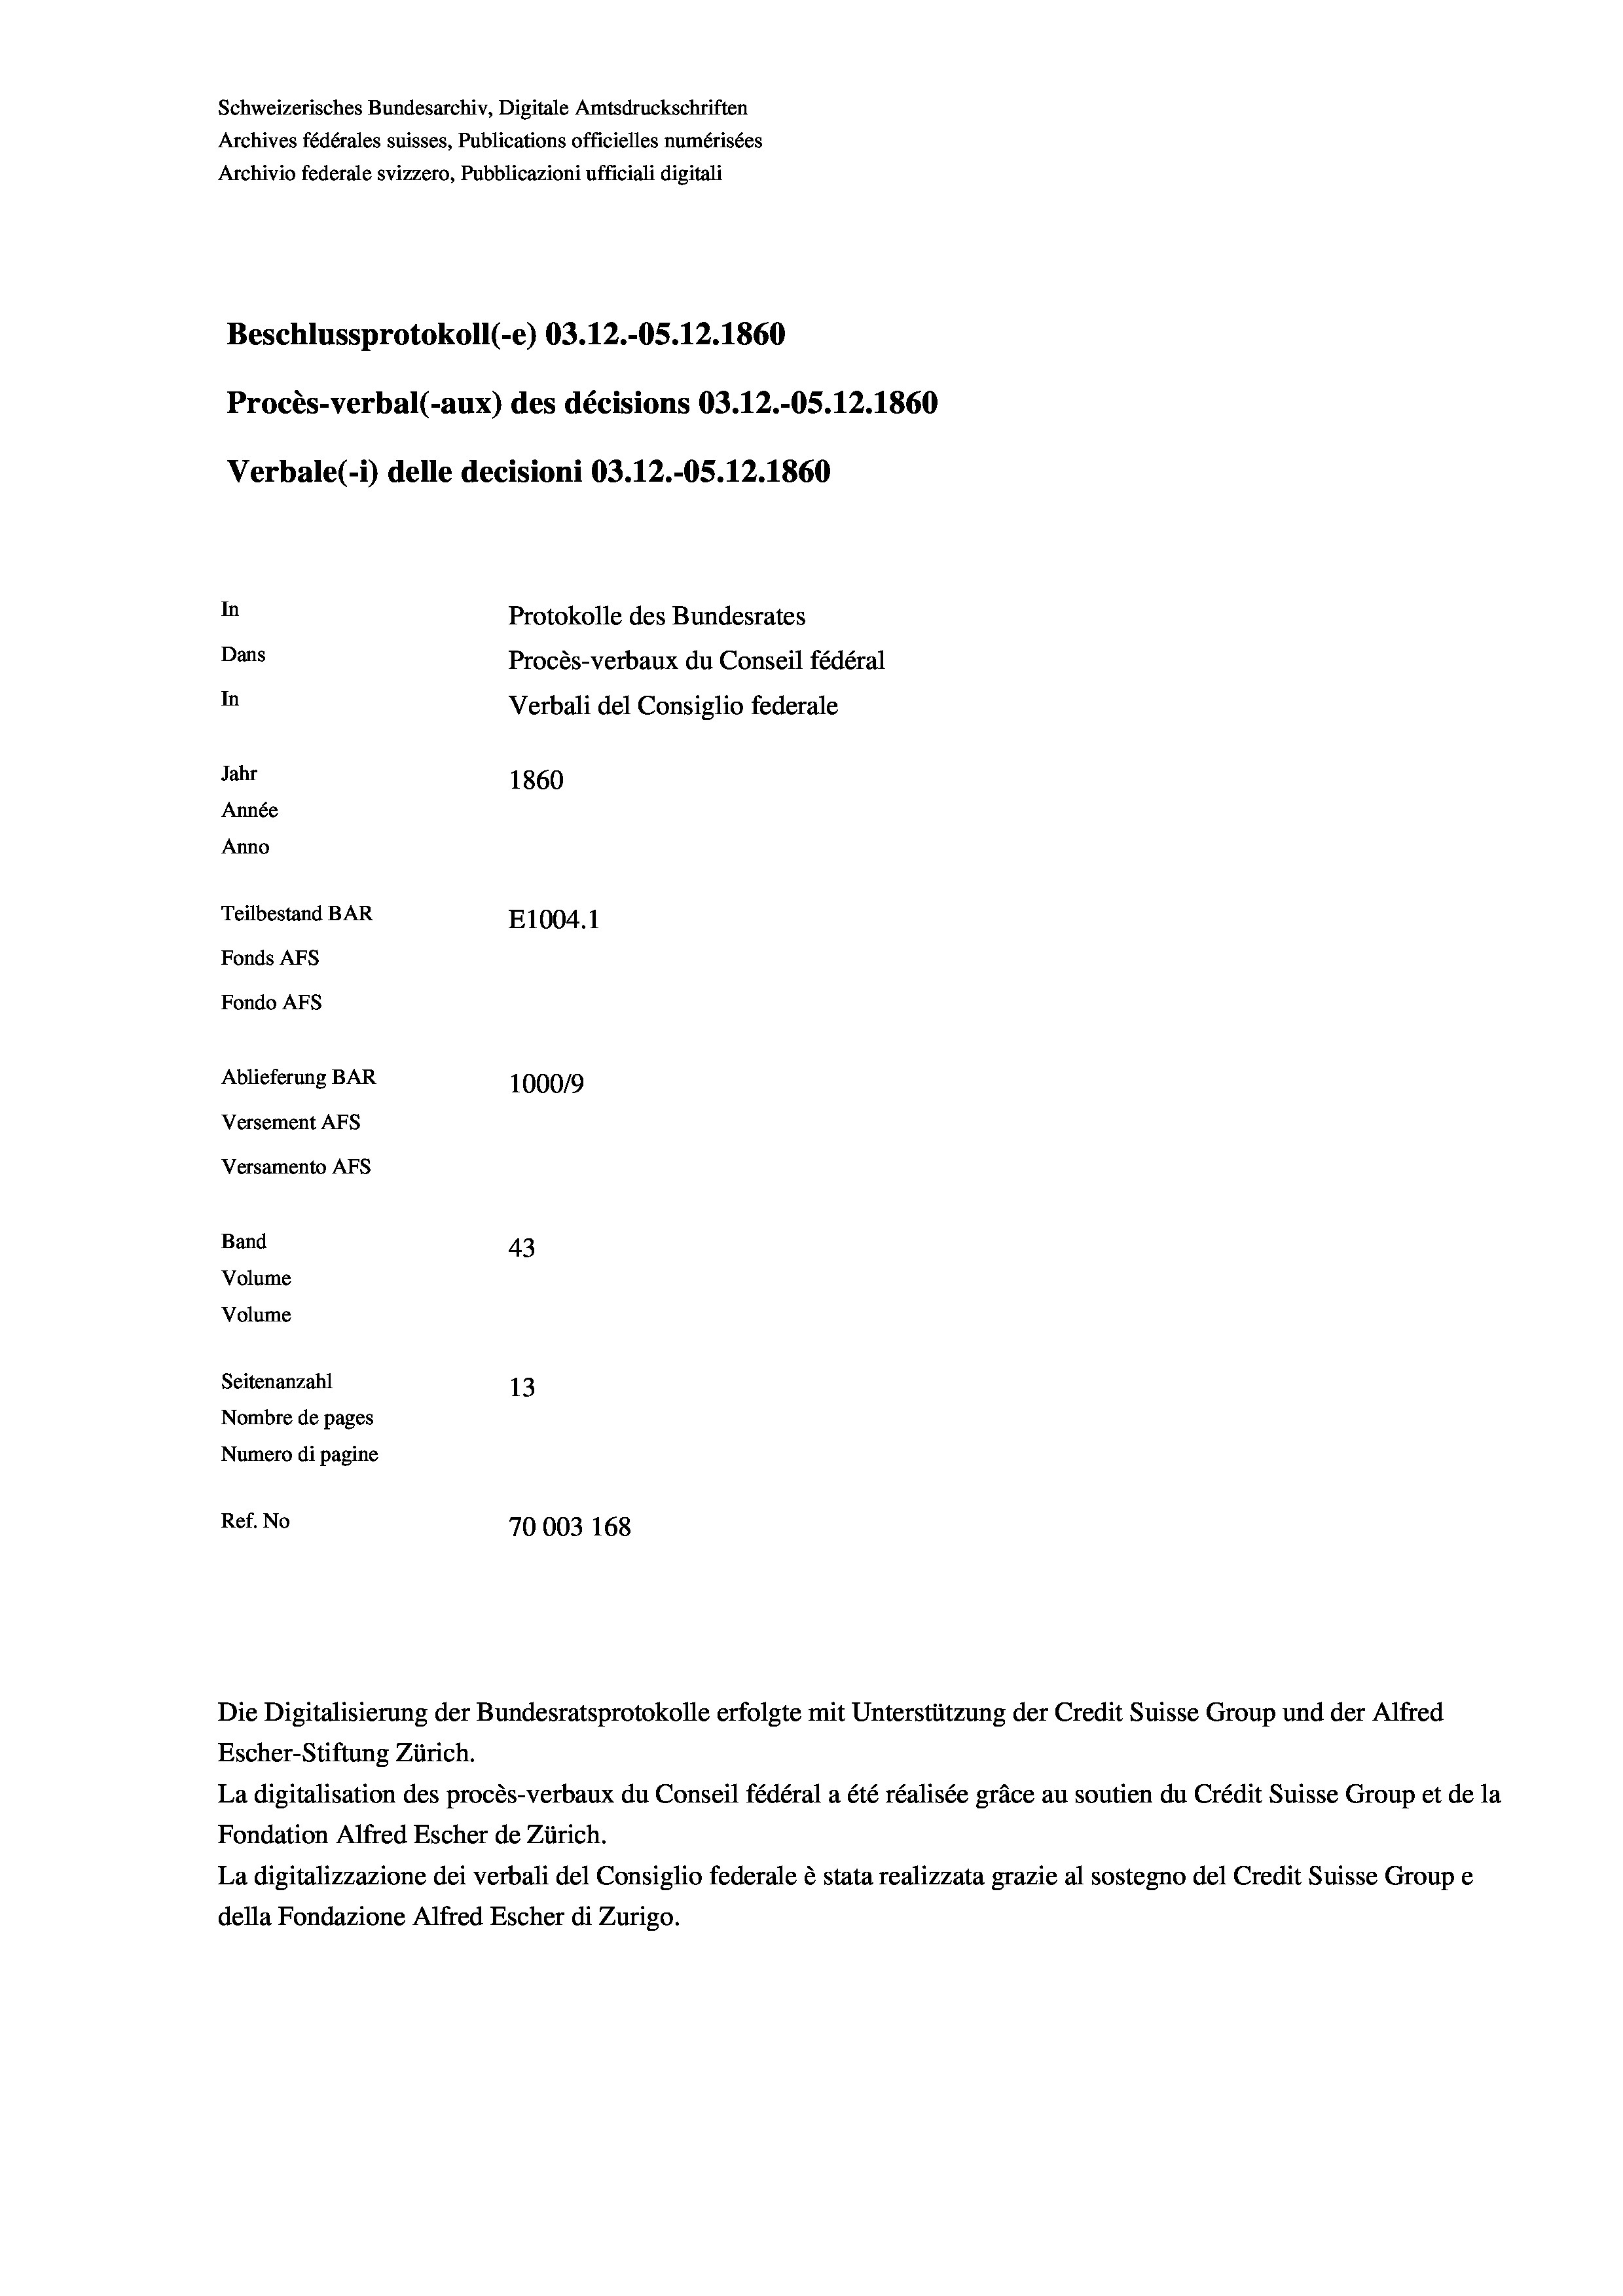
Schweizerisches Bundesarchiv, Digitale Amtsdruckschriften
Archives fédérales suisses, Publications officielles numérisées
Archivio federale svizzero, Pubblicazioni ufficiali digitali
Beschlussprotokoll (-e) 03.12.-05. 12. 1860
Procès-verbal (-aux) des décisions 03.12.-OS.12.1860
Verbale(- 1) delle decisioni 03.12.-OS. 12. 1860
In
Protokolle des Bundesrates
Dans
Procès-verbaux du Conseil fédéral
In
Verbali del Consiglio federale
Jahr
1860
Année
Anno
Teilbestand BAR
E1004. 1
Fonds AFs
Fondo AFS
Ablieferung BAR
100019
Versement AFs
Versamento AFs
Band
43
Volume
Volume
Seitenanzahl
13
Nombre de pages
Numero di pagine
Ref. No
70003 168

La digitalisation des procès-verbaux du Conseil fédéral a été réalisée gräce au soutien du Crédit Suisse Group et de la
Fondation Alfred Escher de Zürich.
La digitalizzazione dei verbali del Consiglio federale è stata realizzata grazie al sostegno del Credit Suisse Groupe
della Fondazione Alfred Escher di Zurigo.

Die Digitalisierung der Bundesratsprotokolle erfolgte mit Unterstützung der Credit Suisse Group und der Alfred
Escher-Stiftung Zürich.